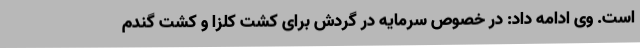
است. وی ادامه داد: در خصوص سرمایه در گردش برای کشت کلزا و کشت گندم